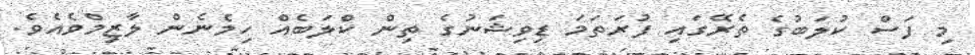
މި ފަސް ކުލަބުގެ ތެރޭގައި ފުރަތަމަ ޑިވިޝަނުގެ ތިން ކްލަބެއް ހިމެނެން ލާޒިމްވެއެވެ.